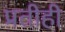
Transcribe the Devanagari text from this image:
प्रतीही